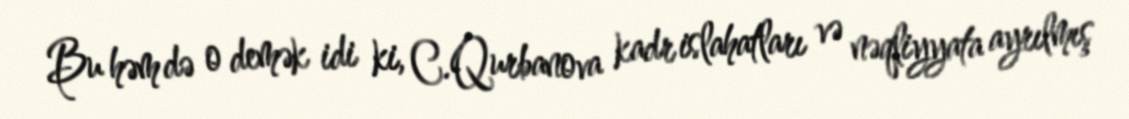
Bu həm də o demək idi ki, C.Qurbanova kadr islahatları və nəqliyyata ayrılmış